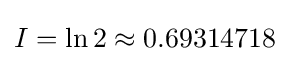
I=\ln 2\approx 0.69314718